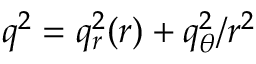
q ^ { 2 } = q _ { r } ^ { 2 } ( r ) + q _ { \theta } ^ { 2 } / r ^ { 2 }